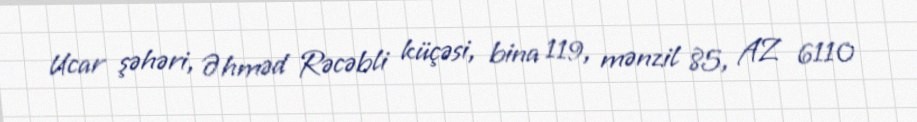
Ucar şəhəri, Əhməd Rəcəbli küçəsi, bina 119, mənzil 85, AZ 6110